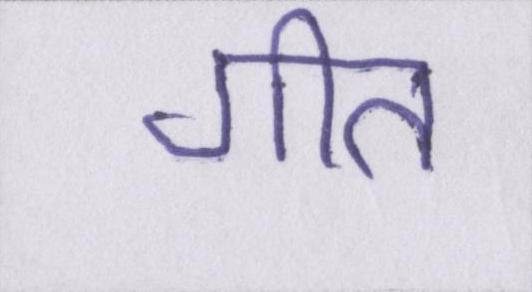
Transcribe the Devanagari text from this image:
गीत